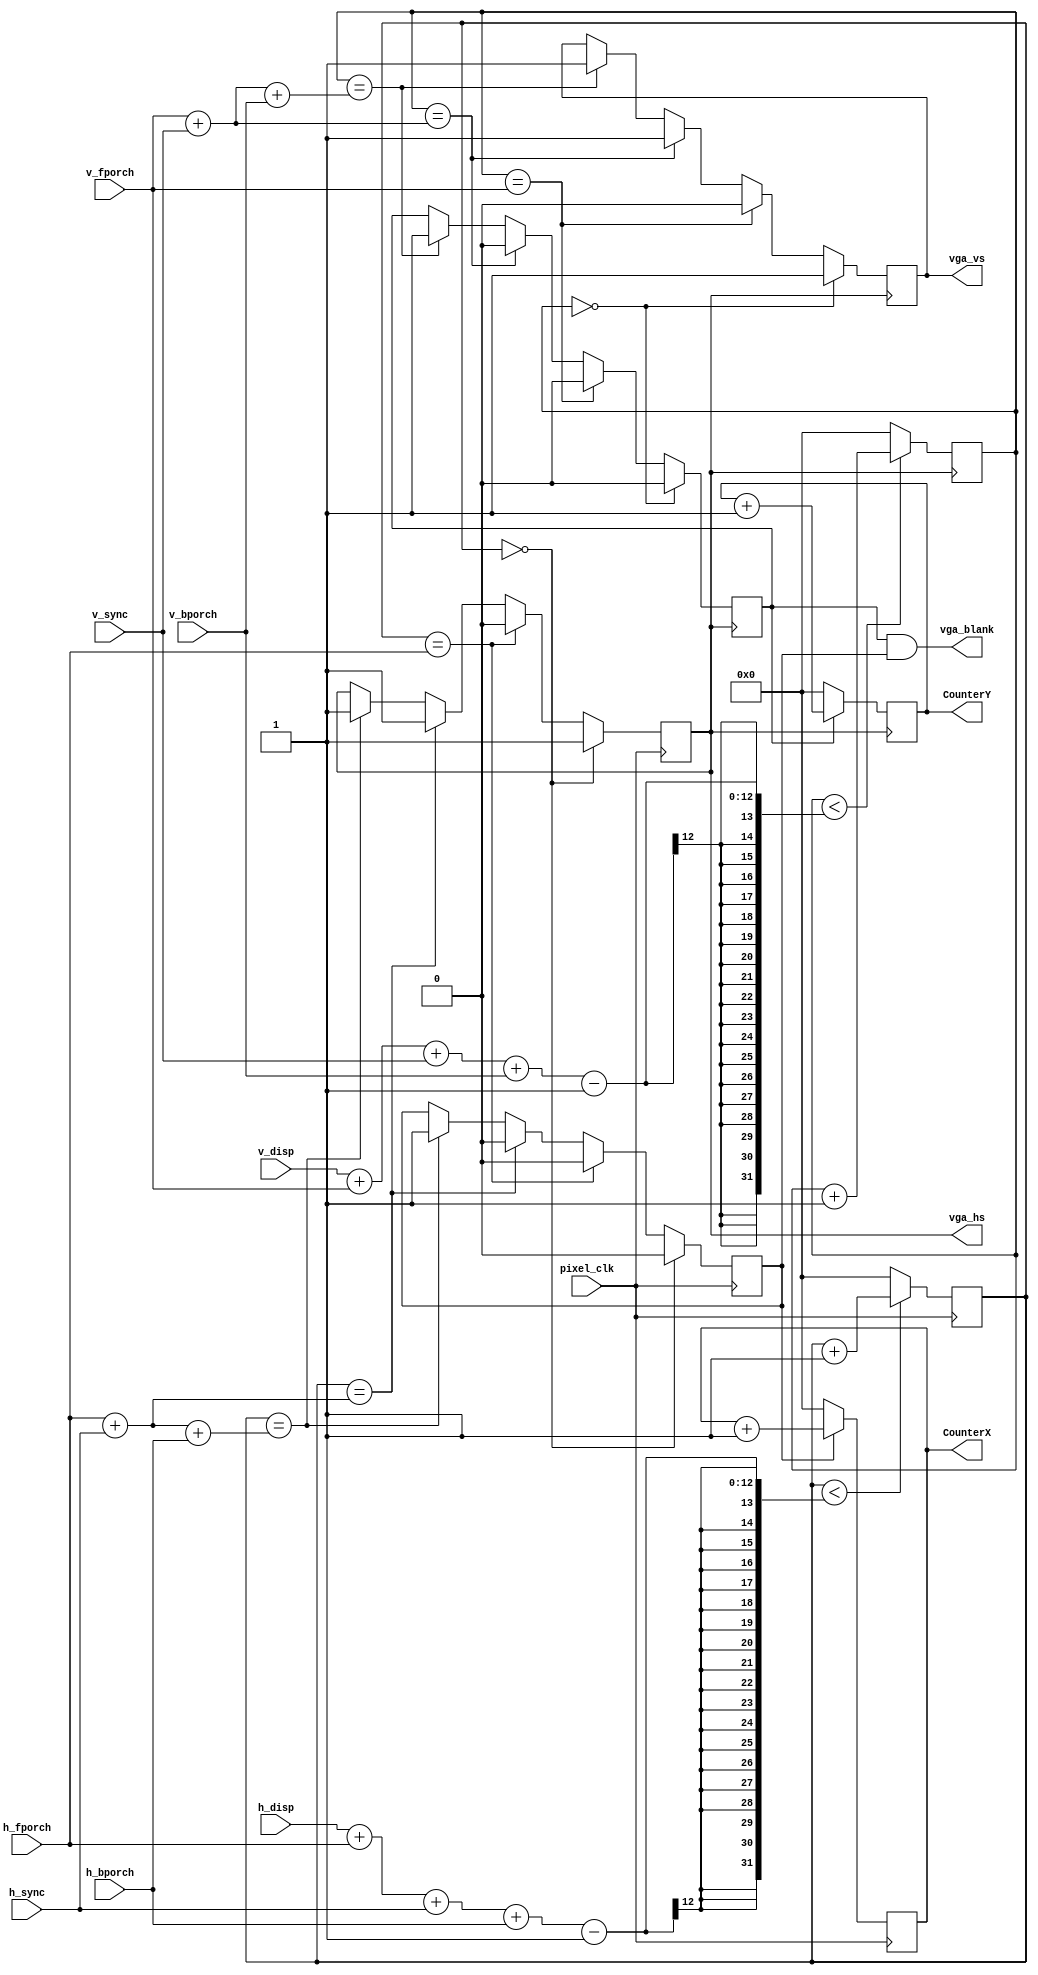
module vga_time_generator(

input       pixel_clk,

input [11:0]h_disp,
input [11:0]h_fporch,
input [11:0]h_sync,   
input [11:0]h_bporch,

input [11:0]v_disp,
input [11:0]v_fporch,
input [11:0]v_sync,   
input [11:0]v_bporch,

output     vga_hs,
output     vga_vs,
output     vga_blank,
output  reg[11:0]CounterY,
output  reg[11:0]CounterX

);

///////h sync////////
//h total sum//
wire [11:0]h_total;
assign h_total = h_disp+h_fporch+h_sync+h_bporch;	
//h counter gen //
reg [11:0]h_counter;
reg VGA_HS_o;
reg VGA_BLANK_HS_o;
always @(posedge pixel_clk)begin
if (h_counter  < (h_total-1) ) h_counter <= h_counter+1;
else h_counter <= 0;
end
//h timing generator// 
always @(posedge pixel_clk)begin
case(h_counter)
                        0:{VGA_BLANK_HS_o,VGA_HS_o}=2'b01;
                 h_fporch:{VGA_BLANK_HS_o,VGA_HS_o}=2'b00;
          h_fporch+h_sync:{VGA_BLANK_HS_o,VGA_HS_o}=2'b01;
 h_fporch+h_sync+h_bporch:{VGA_BLANK_HS_o,VGA_HS_o}=2'b11;
endcase
end

/////v sync///// 
//v total sum//
wire [11:0]v_total;
assign v_total = v_disp+v_fporch+v_sync+v_bporch;
//v counter gen
reg [11:0]v_counter;
reg VGA_VS_o;
reg VGA_BLANK_VS_o;
always @(posedge vga_hs)begin
if (v_counter < (v_total-1)) v_counter <= v_counter+1;//805
else v_counter <= 0;
end
//v timing generator// 
always @(posedge vga_hs)begin
case(v_counter)
                        0:{VGA_BLANK_VS_o,VGA_VS_o}=2'b01;
                 v_fporch:{VGA_BLANK_VS_o,VGA_VS_o}=2'b00;
          v_fporch+v_sync:{VGA_BLANK_VS_o,VGA_VS_o}=2'b01;
 v_fporch+v_sync+v_bporch:{VGA_BLANK_VS_o,VGA_VS_o}=2'b11;
endcase
end

//sync timing output//
assign vga_hs=VGA_HS_o;
assign vga_vs=VGA_VS_o;
assign vga_blank=VGA_BLANK_VS_o & VGA_BLANK_HS_o;

always @(posedge pixel_clk)begin
if(!VGA_BLANK_HS_o)CounterX <= 0;
else CounterX <= CounterX+1;
end

always @(posedge vga_hs)begin
if(!VGA_BLANK_VS_o)CounterY <= 0;
else CounterY <= CounterY+1;
end



endmodule